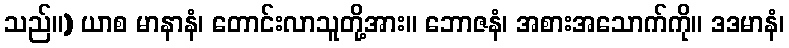
သည်။) ယာစ မာနာနံ၊ တောင်းလာသူတို့အား။ ဘောဇနံ၊ အစားအသောက်ကို။ ဒဒမာနံ၊